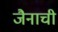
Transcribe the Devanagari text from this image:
जैनाची